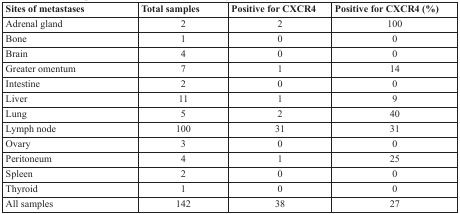
<table><thead><tr><td><b>Sites of metastases</b></td><td><b>Total samples</b></td><td><b>Positive for CXCR4</b></td><td><b>Positive for CXCR4 (%)</b></td></tr></thead><tbody><tr><td>Adrenal gland</td><td>2</td><td>2</td><td>100</td></tr><tr><td>Bone</td><td>1</td><td>0</td><td>0</td></tr><tr><td>Brain</td><td>4</td><td>0</td><td>0</td></tr><tr><td>Greater omentum</td><td>7</td><td>1</td><td>14</td></tr><tr><td>Intestine</td><td>2</td><td>0</td><td>0</td></tr><tr><td>Liver</td><td>11</td><td>1</td><td>9</td></tr><tr><td>Lung</td><td>5</td><td>2</td><td>40</td></tr><tr><td>Lymph node</td><td>100</td><td>31</td><td>31</td></tr><tr><td>Ovary</td><td>3</td><td>0</td><td>0</td></tr><tr><td>Peritoneum</td><td>4</td><td>1</td><td>25</td></tr><tr><td>Spleen</td><td>2</td><td>0</td><td>0</td></tr><tr><td>Thyroid</td><td>1</td><td>0</td><td>0</td></tr><tr><td>All samples</td><td>142</td><td>38</td><td>27</td></tr></tbody></table>